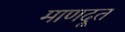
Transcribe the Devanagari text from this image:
माणदूत